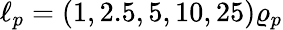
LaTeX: \ell_{p}=(1,2.5,5,10,25)\varrho_{p}